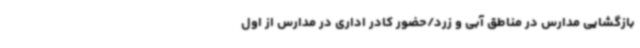
بازگشایی مدارس در مناطق آبی و زرد/حضور کادر اداری در مدارس از اول